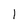
Character: 1